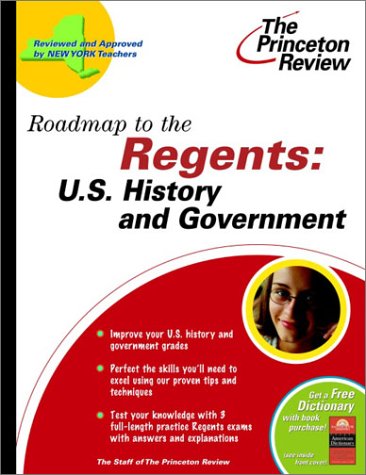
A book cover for Roadmap to the Regents: U.S. History & Government (State Test Preparation Guides); Princeton Review; Test Preparation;